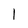
Character: 1